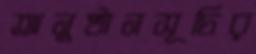
অনুষ্ঠানসূচির